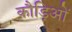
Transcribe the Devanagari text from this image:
कौड़िओं